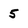
Character: 5